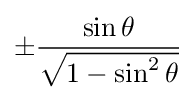
\pm {\frac {\sin \theta }{\sqrt {1-\sin ^{2}\theta }}}